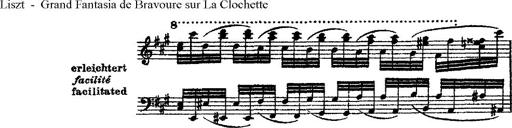
Title: Grande fantasie di bravura sur La clochette
Composer: Franz Liszt
Key: A minor